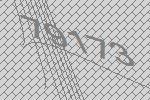
79173